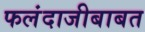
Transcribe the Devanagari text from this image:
फलंदाजीबाबत